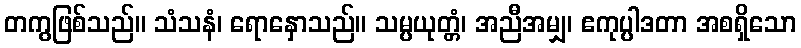
တကွဖြစ်သည်။ သံသနံ၊ ရောနှောသည်။ သမ္ပယုတ္တံ၊ အညီအမျှ၊ ဧကုပ္ပါဒတာ အစရှိသော